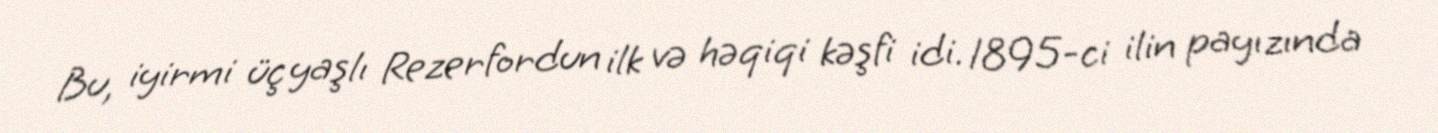
Bu, iyirmi üç yaşlı Rezerfordun ilk və həqiqi kəşfi idi. 1895-ci ilin payızında